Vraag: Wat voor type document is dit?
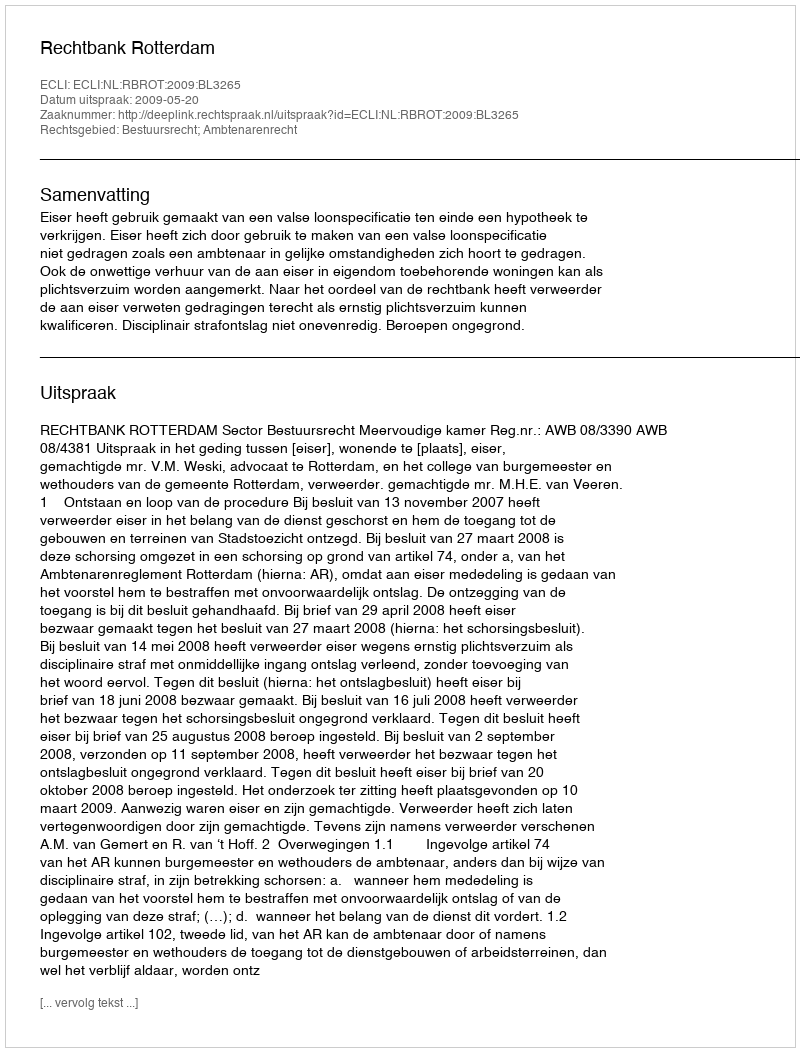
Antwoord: Uitspraak